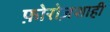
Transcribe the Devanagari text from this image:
फ़ोरोज़शाही